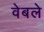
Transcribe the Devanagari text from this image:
वेबले